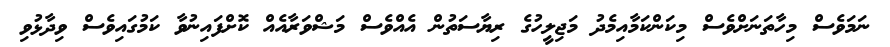
ނަމަވެސް މިހާތަނަށްވެސް މިކަންކަމާއިމެދު މަޖިލީހުގެ ރިޔާސަތުން އެއްވެސް މަޝްވަރާއެއް ކޮށްފައިނުވާ ކަމުގައިވެސް ވިދާޅުވި